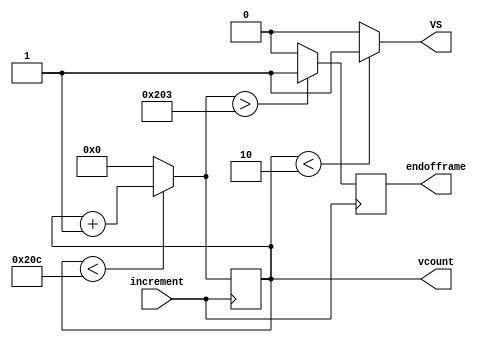
`timescale 1ns / 1ps
//////////////////////////////////////////////////////////////////////////////////
// Company: 
// Engineer: 
// 
// Design Name: 
// Module Name:    vertcount 
// Project Name: 
// Target Devices: 
// Tool versions: 
// Description: 
//
// Dependencies: 
//
// Revision: 
// Revision 0.01 - File Created
// Additional Comments: 
//
//////////////////////////////////////////////////////////////////////////////////
module vertcount(
    input increment,
    output VS,
    output [9:0] vcount,
    output reg endofframe
    );

	reg [9:0] nextCount;
	reg [9:0] count = 0;
    initial endofframe = 0;

	always @ (*)
		if (count < 524)
			nextCount = count + 1;
		else
			nextCount = 0; // Reset when reach 524 lines
    
    assign next_endofframe = nextCount > 515 ? 1 : 0;
	
	// increment count when increment is 1 (end of horizontal counter in reached)
	always @ (posedge increment) begin
		count <= nextCount;
        endofframe <= next_endofframe;
    end

	// Outputs
	assign vcount = count;

	assign VS = (vcount < 2) ? 1 : 0; // Verical Sync Pulse is high when vcount is 0 or 1.

endmodule